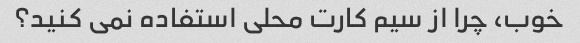
خوب، چرا از سیم کارت محلی استفاده نمی کنید؟